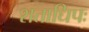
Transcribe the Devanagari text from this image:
शताधिपः